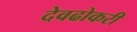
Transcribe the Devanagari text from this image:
देवढोकरी